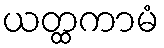
ယတ္ထကာမံ